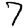
Digit: 7